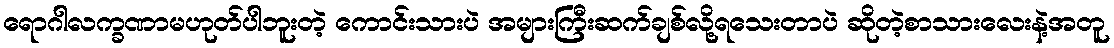
ရောဂါလက္ခဏာမဟုတ်ပါဘူးတဲ့ ကောင်းသားပဲ အများကြီးဆက်ချစ်လို့ရသေးတာပဲ ဆိုတဲ့စာသားလေးနဲ့အတူ